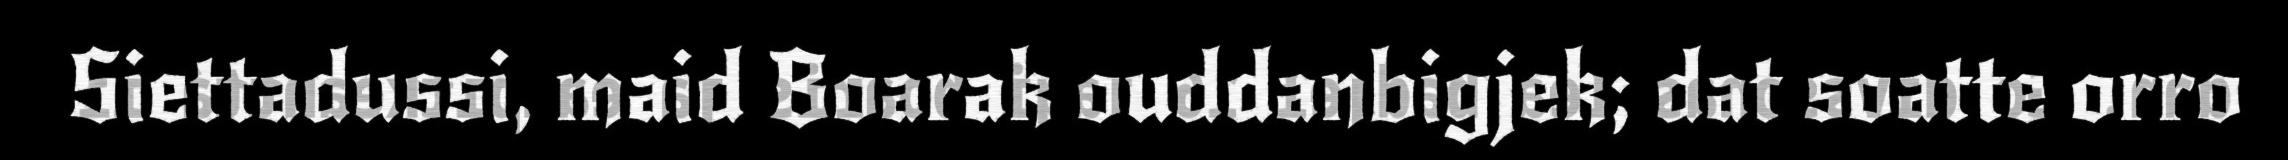
Siettadussi, maid Boarak ouddanbigjek; dat soatte orro